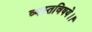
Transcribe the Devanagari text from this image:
व्यस्तविषये।।